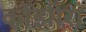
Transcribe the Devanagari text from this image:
कोंझीरा